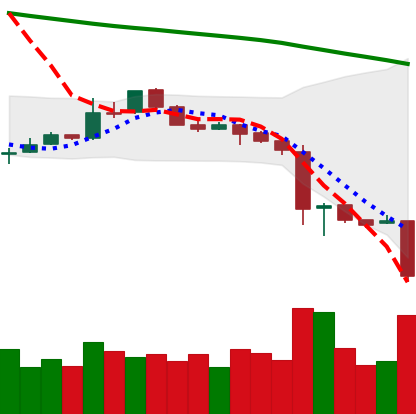
Ticker: LTC-USD
Chart end date: 2018-11-19
Forward return: -20.26%
Label: down_7plus